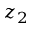
z _ { 2 }